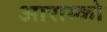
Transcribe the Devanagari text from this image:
आराम्को